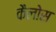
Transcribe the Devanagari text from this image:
कैलोस